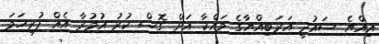
އިއްޔެ ސައުދީ އަރަބިއްޔާގެ މައްކާ އަށް ގޮސް ކުރު އުމުރާ އެއް ފުރިހަމަ